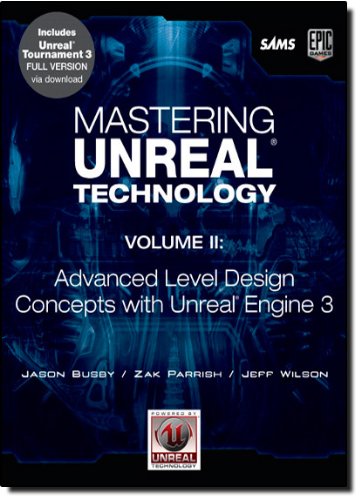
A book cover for Mastering Unreal Technology, Volume II: Advanced Level Design Concepts with Unreal Engine 3; Jason Busby; Computers & Technology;